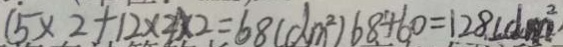
( 5 \times 2 + 1 2 \times 2 ) \times 2 = 6 8 ( d m ^ { 2 } ) 6 8 + 6 0 = 1 2 8 ( d m ^ { 2 } )